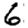
Digit: 6